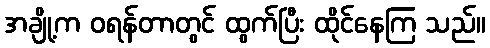
အချို့က ဝရန်တာတွင် ထွက်ပြီး ထိုင်နေကြ သည်။